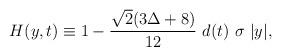
LaTeX: \begin{align*}H(y,t) \equiv 1 - \frac{\sqrt{2}(3\Delta +8)}{12}\ d(t)\ \sigma \ |y|,\end{align*}